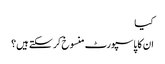
کیا
ان کا پاسپورٹ منسوخ کر سکتے ہیں؟